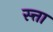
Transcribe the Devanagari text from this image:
स्त्ता